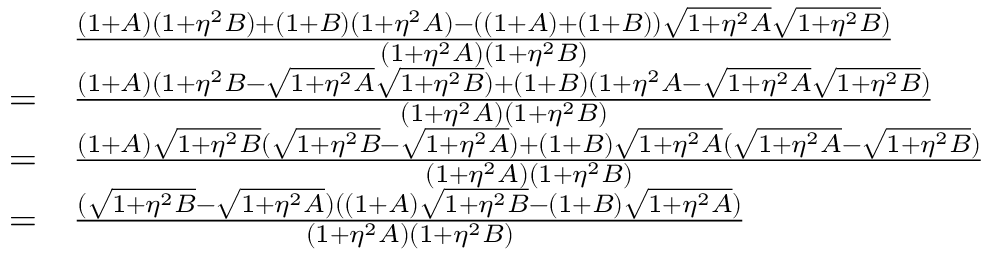
\begin{array} { r l } & { \frac { ( 1 + A ) ( 1 + \eta ^ { 2 } B ) + ( 1 + B ) ( 1 + \eta ^ { 2 } A ) - ( ( 1 + A ) + ( 1 + B ) ) \sqrt { 1 + \eta ^ { 2 } A } \sqrt { 1 + \eta ^ { 2 } B } ) } { ( 1 + \eta ^ { 2 } A ) ( 1 + \eta ^ { 2 } B ) } } \\ { = } & { \frac { ( 1 + A ) ( 1 + \eta ^ { 2 } B - \sqrt { 1 + \eta ^ { 2 } A } \sqrt { 1 + \eta ^ { 2 } B } ) + ( 1 + B ) ( 1 + \eta ^ { 2 } A - \sqrt { 1 + \eta ^ { 2 } A } \sqrt { 1 + \eta ^ { 2 } B } ) } { ( 1 + \eta ^ { 2 } A ) ( 1 + \eta ^ { 2 } B ) } } \\ { = } & { \frac { ( 1 + A ) \sqrt { 1 + \eta ^ { 2 } B } ( \sqrt { 1 + \eta ^ { 2 } B } - \sqrt { 1 + \eta ^ { 2 } A } ) + ( 1 + B ) \sqrt { 1 + \eta ^ { 2 } A } ( \sqrt { 1 + \eta ^ { 2 } A } - \sqrt { 1 + \eta ^ { 2 } B } ) } { ( 1 + \eta ^ { 2 } A ) ( 1 + \eta ^ { 2 } B ) } } \\ { = } & { \frac { ( \sqrt { 1 + \eta ^ { 2 } B } - \sqrt { 1 + \eta ^ { 2 } A } ) ( ( 1 + A ) \sqrt { 1 + \eta ^ { 2 } B } - ( 1 + B ) \sqrt { 1 + \eta ^ { 2 } A } ) } { ( 1 + \eta ^ { 2 } A ) ( 1 + \eta ^ { 2 } B ) } } \end{array}